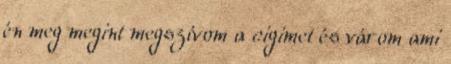
én meg megint megszívom a cigimet és várom ami